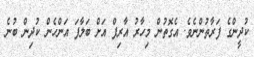
ކުދީންގެ ފަރާތުންނެވެ. އެގޮތުން މިހާރު އާރިފް އަށް ބަލާފަ އަންހެން ކުދިން ބުނެ